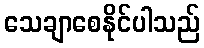
သေချာစေနိုင်ပါသည်